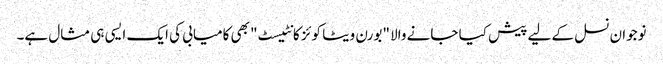
نوجوان نسل کے لیے پیش کیا جانے والا "بورن ویٹا کوئز کانٹیسٹ" بھی کامیابی کی ایک ایسی ہی مثال ہے۔